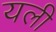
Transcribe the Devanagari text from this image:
यली